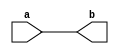
// This program was cloned from: https://github.com/chipsalliance/UHDM-integration-tests
// License: Apache License 2.0

module dut (input a, output b);
	assign b = $unsigned(a);
endmodule